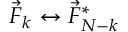
\begin{array} { r } { \vec { F } _ { k } \leftrightarrow \vec { F } _ { N - k } ^ { * } } \end{array}